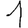
Digit: 1